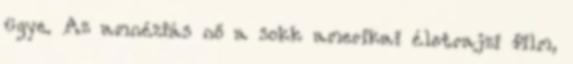
ügye. Az amnéziás nő a sokk amerikai életrajzi film,